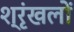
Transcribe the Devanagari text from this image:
श्रृंखलों